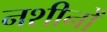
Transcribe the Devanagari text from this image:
नशीनों